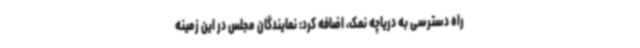
راه دسترسی به دریاچه نمک، اضافه کرد: نمایندگان مجلس در این زمینه